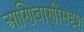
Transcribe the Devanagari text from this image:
आणिबाणीसदृश